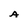
Character: A